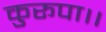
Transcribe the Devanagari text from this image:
कुरूपा।।